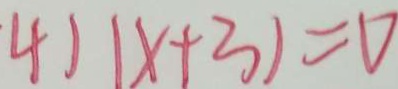
4 ) 1 x + 3 ) = 0